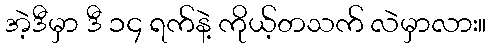
အဲ့ဒီမှာ ဒီ ၁၄ ရက်နဲ့ ကိုယ့်တသက် လဲမှာလား။